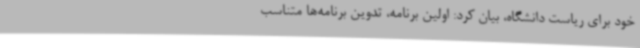
خود برای ریاست دانشگاه، بیان کرد: اولین برنامه، تدوین برنامه‌ها متناسب